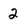
Character: 2